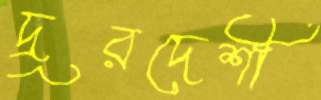
দূরদেশী